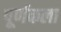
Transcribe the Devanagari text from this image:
पूर्णकला